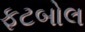
ફટબોલ